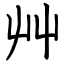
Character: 艸